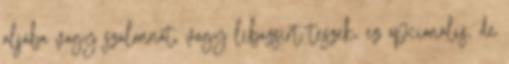
aljába vagy szalonnát, vagy libazsírt teszek, ez opcionális, de